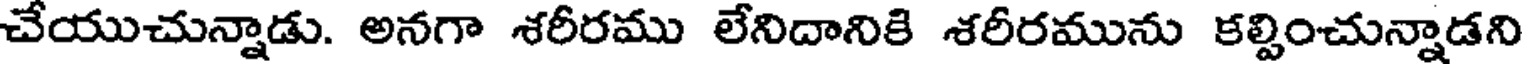
చేయుచున్నాడు. అనగా శరీరము లేనిదానికి శరీరమును కల్పించున్నాడని